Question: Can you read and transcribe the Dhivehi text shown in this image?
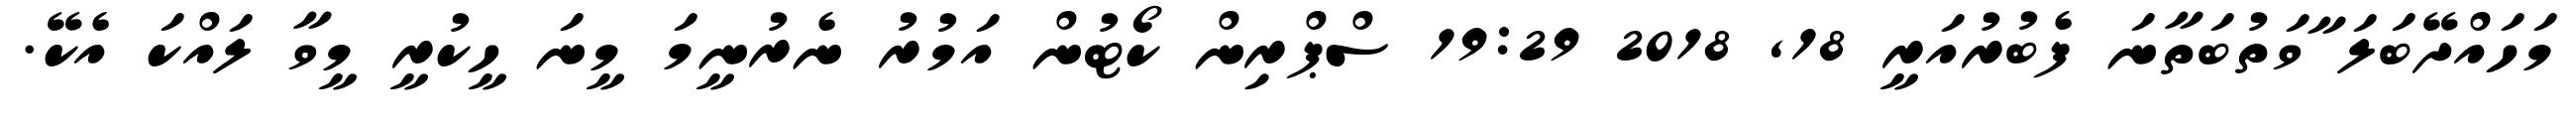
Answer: މަހައްދޭބަލަ ާވަތުބަތާނަ ފެބުރުއަރީ 18, 2018 19:29 ސްޕްރިން ކޯޓުން އަމުރު ނެރުނީމަ މީނަ ހީކުރީ މީވާ ލައްކަ އެކޭ.